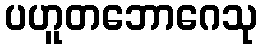
ပဟူတဘောဂေသု